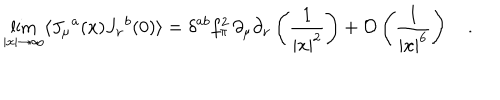
LaTeX: \lim _ { | x | \to \infty } \langle J _ { \mu } { } ^ { a } ( x ) J _ { \nu } { } ^ { b } ( 0 ) \rangle = \delta ^ { a b } f _ { \pi } ^ { 2 } \, \partial _ { \mu } \partial _ { \nu } \left( \frac { 1 } { | x | ^ { 2 } } \right) + { \cal O } \left( \frac { 1 } { | x | ^ { 6 } } \right) \quad .